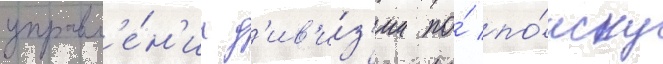
управл'е́н'иа д'ив'и́з'ии по́ по́иску